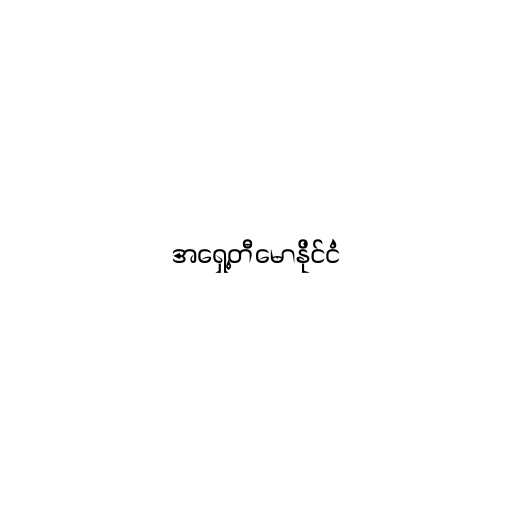
အရှေ့တီမောနိုင်ငံ